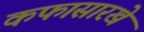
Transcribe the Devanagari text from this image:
कफासारखे